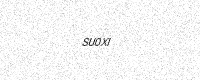
Text: SU0XI